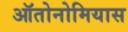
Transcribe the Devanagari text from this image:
ऑतोनोमियास